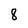
Character: 8